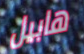
هابيل